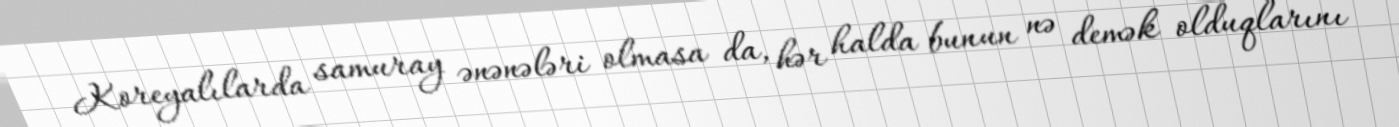
Koreyalılarda samuray ənənələri olmasa da, hər halda bunun nə demək olduqlarını